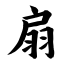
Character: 扇